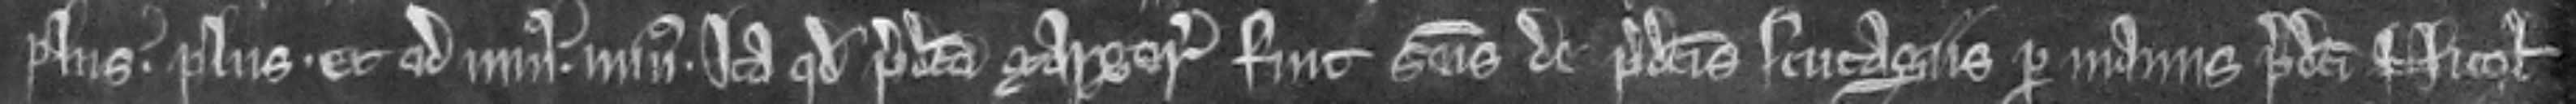
plus. plus. et ad minus. minus. ita quod predicta Margeria fuit seisita de predictis scutagiis per manus predicti Nicolai